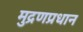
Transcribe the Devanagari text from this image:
मुद्रणप्रधान